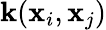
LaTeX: \mathbf{k}(\textbf{{x}}_{i},\textbf{{x}}_{j})